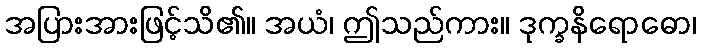
အပြားအားဖြင့်သိ၏။ အယံ၊ ဤသည်ကား။ ဒုက္ခနိရောဓော၊